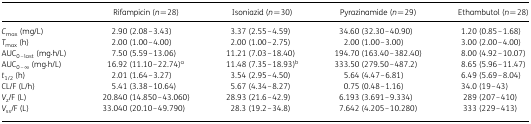
|  | Rifampicin (n = 28) | Isoniazid (n = 30) | Pyrazinamide (n = 29) | Ethambutol (n = 28) |
 | --- | --- | --- | --- | --- |
 | Cmax (mg/L) | 2.90 (2.08–3.43) | 3.37 (2.55–4.59) | 34.60 (32.30–40.90) | 1.20 (0.85–1.68) |
 | Tmax (h) | 2.00 (1.00–4.00) | 2.00 (1.00–2.75) | 2.00 (1.00–3.00) | 3.00 (2.00–4.00) |
 | AUC0–last (mg·h/L) | 7.50 (5.59–13.06) | 11.21 (7.03–18.40) | 194.70 (163.40–382.40) | 8.00 (4.92–10.07) |
 | AUC0–∞ (mg·h/L) | 16.92 (11.10–22.74)a | 11.48 (7.35–18.93)b | 333.50 (279.50–487.2) | 8.65 (5.96–11.47) |
 | t1/2 (h) | 2.01 (1.64–3.27) | 3.54 (2.95–4.50) | 5.64 (4.47–6.81) | 6.49 (5.69–8.04) |
 | CL/F (L/h) | 5.41 (3.38–10.64) | 5.67 (4.34–8.27) | 0.75 (0.48–1.16) | 34.0 (19–43) |
 | Vz/F (L) | 20.840 (14.850–43.060) | 28.93 (21.6–42.9) | 6.193 (3.691–9.334) | 289 (207–410) |
 | Vss/F (L) | 33.040 (20.10–49.790) | 28.3 (19.2–34.8) | 7.642 (4.205–10.280) | 333 (229–413) |